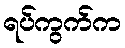
ရပ်ကွက်က